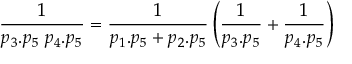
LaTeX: \frac { 1 } { p _ { 3 } . p _ { 5 } \; p _ { 4 } . p _ { 5 } } = \frac { 1 } { p _ { 1 } . p _ { 5 } + p _ { 2 } . p _ { 5 } } \left( \frac { 1 } { p _ { 3 } . p _ { 5 } } + \frac { 1 } { p _ { 4 } . p _ { 5 } } \right)